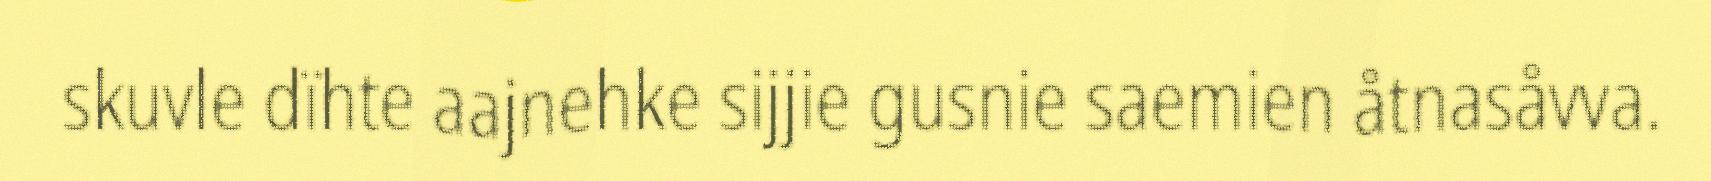
skuvle dïhte aajnehke sijjie gusnie saemien åtnasåvva.